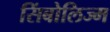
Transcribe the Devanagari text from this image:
सिंबोलिज्म